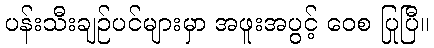
ပန်းသီးချဉ်ပင်များမှာ အဖူးအပွင့် ဝေစ ပြုပြီ။